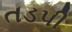
તડપી